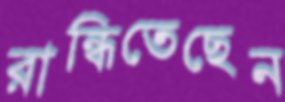
রান্ধিতেছেন